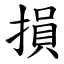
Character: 損